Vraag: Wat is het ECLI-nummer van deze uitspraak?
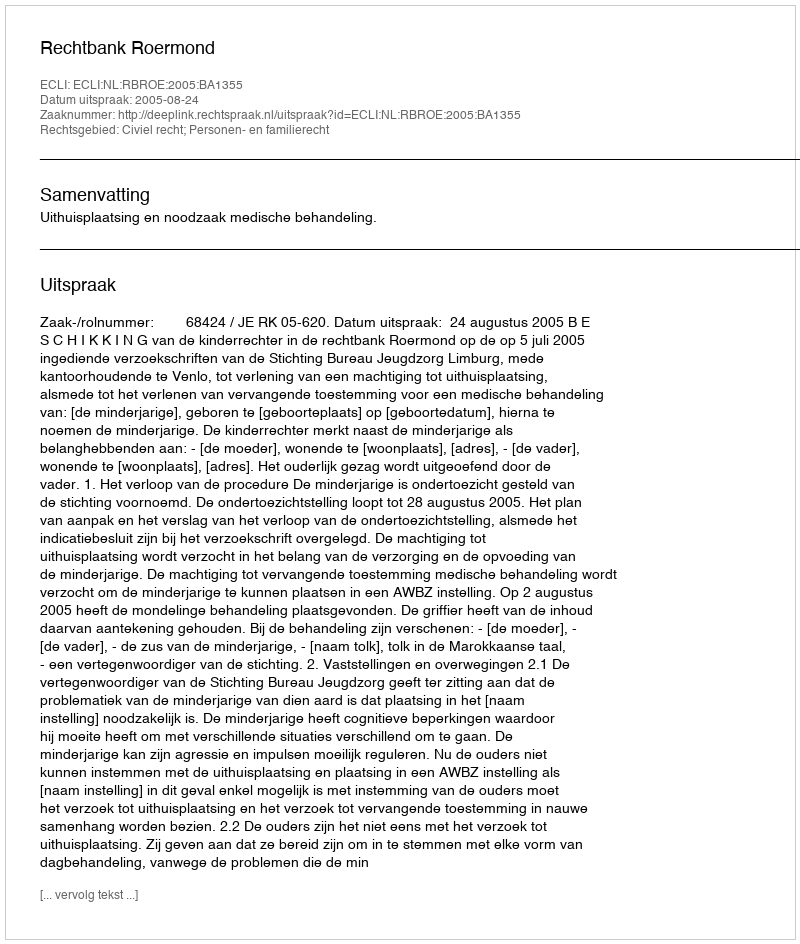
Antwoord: ECLI:NL:RBROE:2005:BA1355